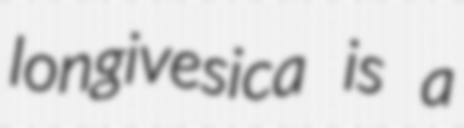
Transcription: longivesica is a